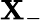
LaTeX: \mathbf{X}_{-}